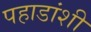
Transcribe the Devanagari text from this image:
पहाडांशी